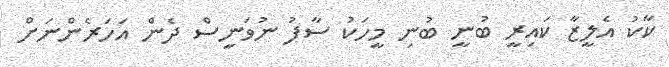
ކާކު އެލީޒާ ކައިރީ ބުނީ ބުނި މީހަކު ސާފު ނުވަނީސް ދެން އަހަރެންނަށް